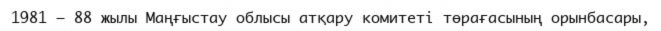
1981 – 88 жылы Маңғыстау облысы атқару комитеті төрағасының орынбасары,